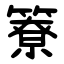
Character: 簝